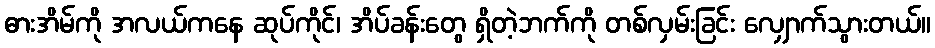
ဓားအိမ်ကို အလယ်ကနေ ဆုပ်ကိုင်၊ အိပ်ခန်းတွေ ရှိတဲ့ဘက်ကို တစ်လှမ်းခြင်း လျှောက်သွားတယ်။